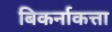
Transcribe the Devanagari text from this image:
बिकर्नाकत्ता